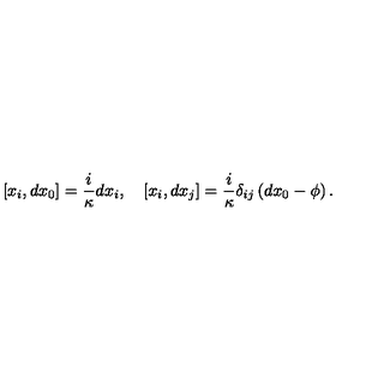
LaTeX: [ x _ { i } , d x _ { 0 } ] = \frac i \kappa d x _ { i } , \quad [ x _ { i } , d x _ { j } ] = \frac i \kappa \delta _ { i j } \left( d x _ { 0 } - \phi \right) .